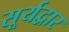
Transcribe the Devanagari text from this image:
सूर्यद्वार